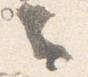
云